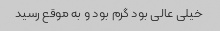
خیلی عالی بود گرم بود و به موقع رسید